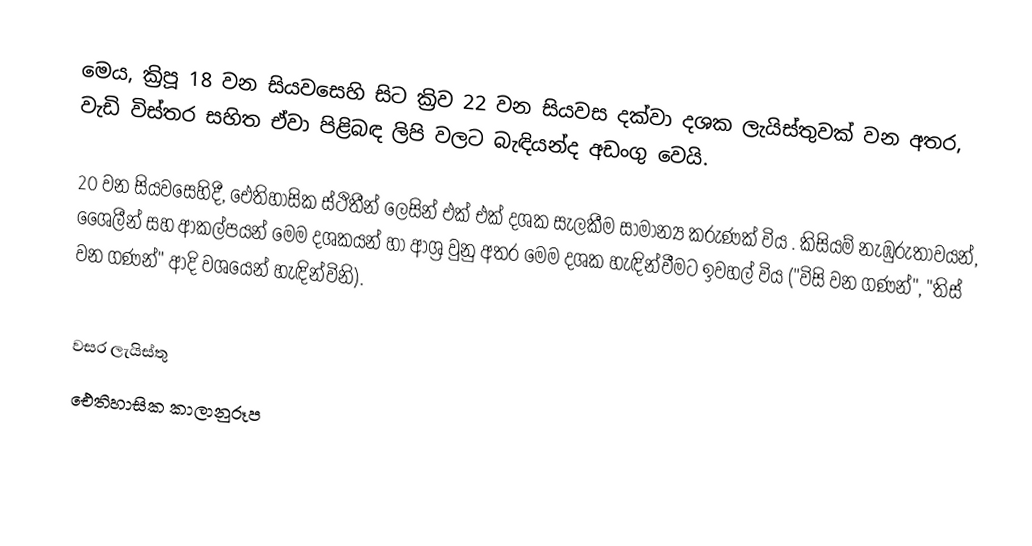
මෙය, ක්‍රිපූ 18 වන සියවසෙහි සිට ක්‍රිව 22 වන සියවස දක්වා  දශක ලැයිස්තුවක්  වන අතර, වැඩි විස්තර සහිත ඒවා පිළිබඳ ලිපි වලට බැඳියන්ද අඩංගු වෙයි.

20 වන සියවසෙහිදී, ඓතිහාසික ස්ථිතීන් ලෙසින් එක් එක් දශක  සැලකීම සාමාන්‍ය කරුණක් විය . කිසියම් නැඹුරුතාවයන්, ශෛලීන් සහ ආකල්පයන් මෙම දශකයන් හා ආශ්‍ර වුනු අතර මෙම දශක හැඳින්වීමට ඉවහල් විය  ("විසි වන ගණන්", "තිස් වන ගණන්" ආදි වශයෙන් හැඳින්විනි).

වසර ලැයිස්තු
ඓතිහාසික  කාලානුරූප